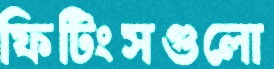
ফিটিংসগুলো